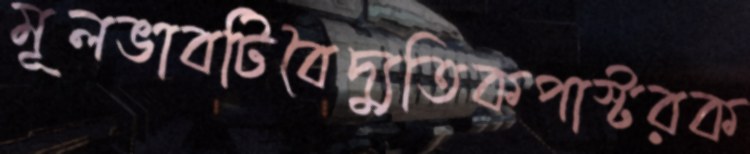
মূলভাবটিবৈদ্যুতিকপাস্টরক